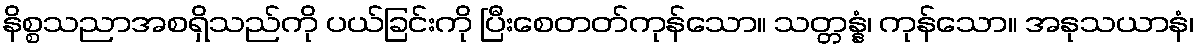
နိစ္စသညာအစရှိသည်ကို ပယ်ခြင်းကို ပြီးစေတတ်ကုန်သော။ သတ္တန္နံ၊ ကုန်သော။ အနုသယာနံ၊